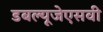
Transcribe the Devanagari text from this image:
डबल्यूजेएसवी